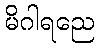
မိဂါရညေ